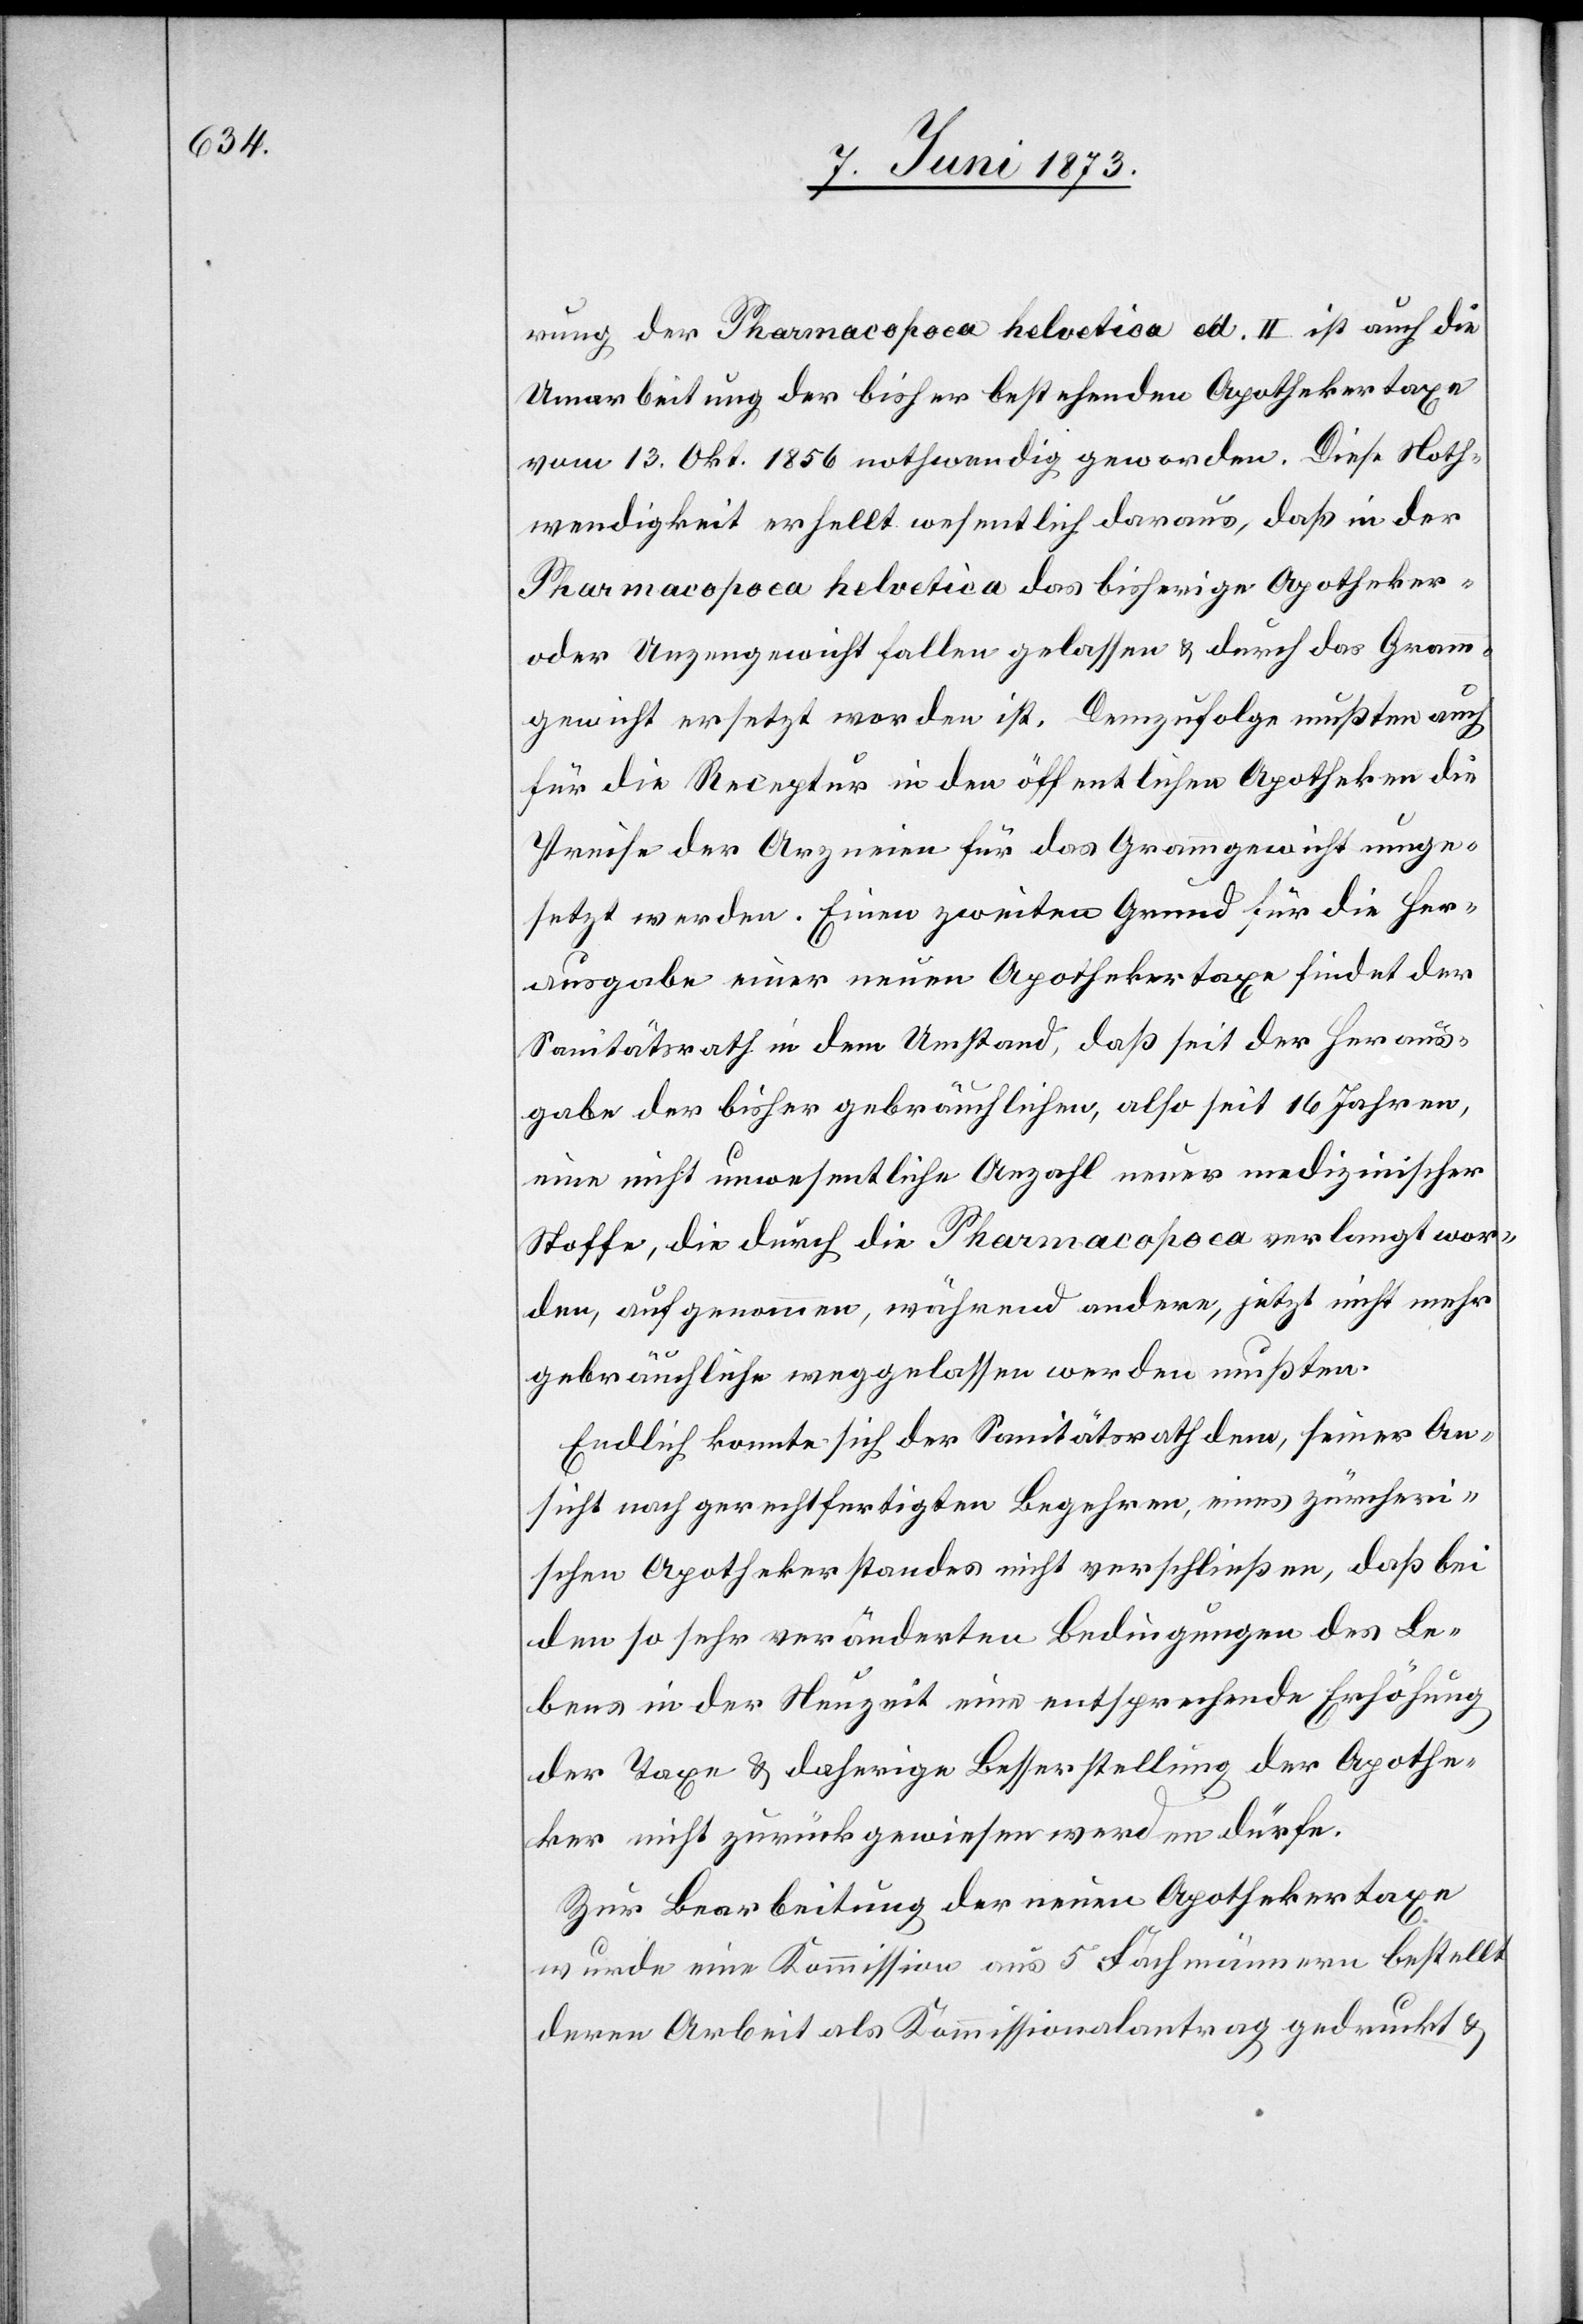
rung der Pharmacopoea helvetica ed. II ist auch die
Umarbeitung der bisher bestehenden Apothekertaxe
vom 13. Okt. 1856 nothwendig geworden. Diese Noth¬
wendigkeit erhellt wesentlich daraus, daß in der
Pharamcopoea helvetica das bisherige Apotheker-
oder Unzengewicht fallen gelassen & durch das Gramm¬
gewicht ersetzt worden ist. Demzufolge mußten auch
für die Receptur in den öffentlichen Apotheken die
Preise der Arzneien für das Grammgewicht umge¬
setzt werden. Einen zweiten Grund für die Her¬
ausgabe einer neuen Apothekertaxe findet der
Sanitätsrath in dem Umstand, daß seit der Heraus¬
gabe der bisher gebräuchlichen, also seit 16 Jahren,
eine nicht unwesentliche Anzahl neuer medizinischer
Stoffe, die durch die Pharamcopoea verlangt wor¬
den, aufgenommen, während andere, jetzt nicht mehr
gebräuchliche weggelassen werden mußten.
Endlich konnte sich der Sanitätsrath dem, seiner An¬
sicht nach gerechtfertigten Begehren, eines zürcheri¬
schen Apothekerstandes nicht verschließen, daß bei
den so sehr veränderten Bedingungen des Le¬
bens in der Neuzeit eine entsprechende Erhöhung
der Taxe & daherige Besserstellung der Apothe¬
ker nicht zurückgewiesen werden dürfe.
Zur Bearbeitung der neuen Apothekertaxe
wurde eine Kommission aus 5 Fachmännern bestellt
deren Arbeit als Kommissionalantrag gedruckt &